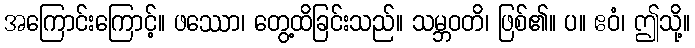
အကြောင်းကြောင့်။ ဖဿော၊ တွေ့ထိခြင်းသည်။ သမ္ဘဝတိ၊ ဖြစ်၏။ ပ။ ဧဝံ၊ ဤသို့။